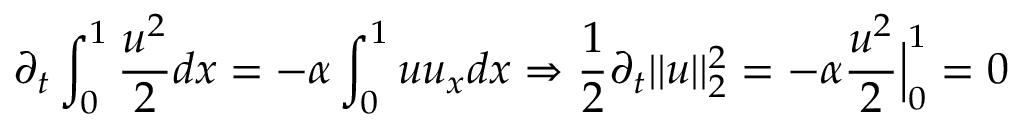
\partial _ { t } \int _ { 0 } ^ { 1 } { \frac { u ^ { 2 } } { 2 } } d x = - \alpha \int _ { 0 } ^ { 1 } u u _ { x } d x \Rightarrow { \frac { 1 } { 2 } } \partial _ { t } | | u | | _ { 2 } ^ { 2 } = - \alpha { \frac { u ^ { 2 } } { 2 } } { \Big | } _ { 0 } ^ { 1 } = 0